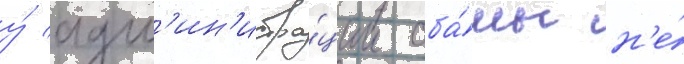
у́ адм'ин'истра́ции оба́мы н'е́